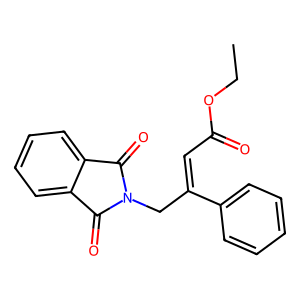
SMILES: CCOC(=O)C=C(CN1C(=O)c2ccccc2C1=O)c1ccccc1
Inhibits HIV replication: No